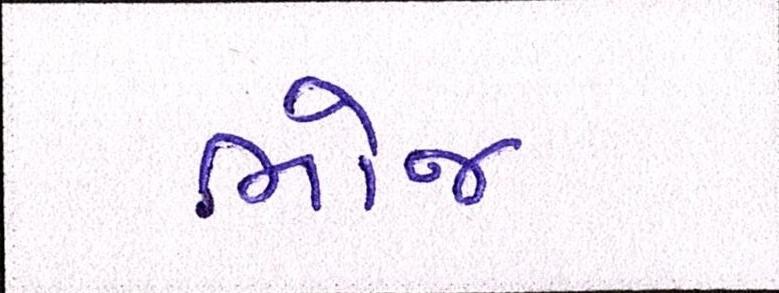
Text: ભોજ